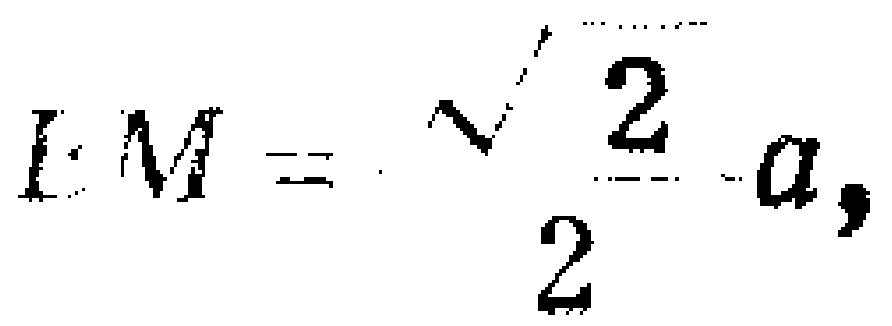
$l\cdot M = \frac{\sqrt{2}}{2}a,$